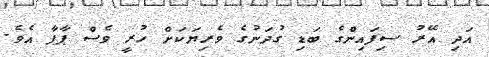
އަދި އޭރު ސިފައިންގެ ބަޑި ގުދަނުގެ ވެރިޔަކަށް ހުރީ ވެސް ޕާޕާ އެވެ.